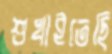
শুখাইতেছি